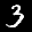
Label: 3